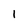
Character: l